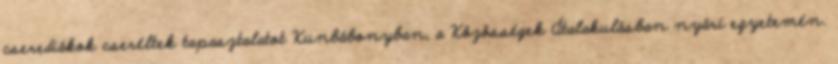
cserediákok cseréltek tapasztalatot Kunbábonyban, a Közösségek Átalakulásban nyári egyetemén.